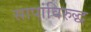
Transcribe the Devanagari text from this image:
सापांविरुद्ध